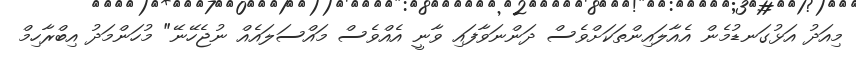
މިއަދު އަޅުގަނޑުމެން އެއާލައިންތަކަށްވެސް ދަންނަވާފައި ވާނީ އެއްވެސް މައްސަލައެއް ނުޖެހޭނޭ" މުހަންމަދު އިބްރާހިމް